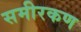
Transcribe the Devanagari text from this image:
समीरकण